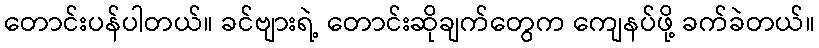
တောင်းပန်ပါတယ်။ ခင်ဗျားရဲ့ တောင်းဆိုချက်တွေက ကျေနပ်ဖို့ ခက်ခဲတယ်။